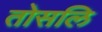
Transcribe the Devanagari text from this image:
तोसलि